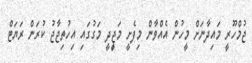
ޖުމްހޫރީ މައިދާނަށް މީހުން އެއްވާން މިފެށީ މަޖިީދީ މަގުގައި އިހުތިޖާޖު ކުރަން ރަޔަޓް